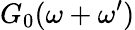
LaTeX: G_{0}(\omega+\omega^{\prime})